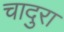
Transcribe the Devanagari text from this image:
चादुरा